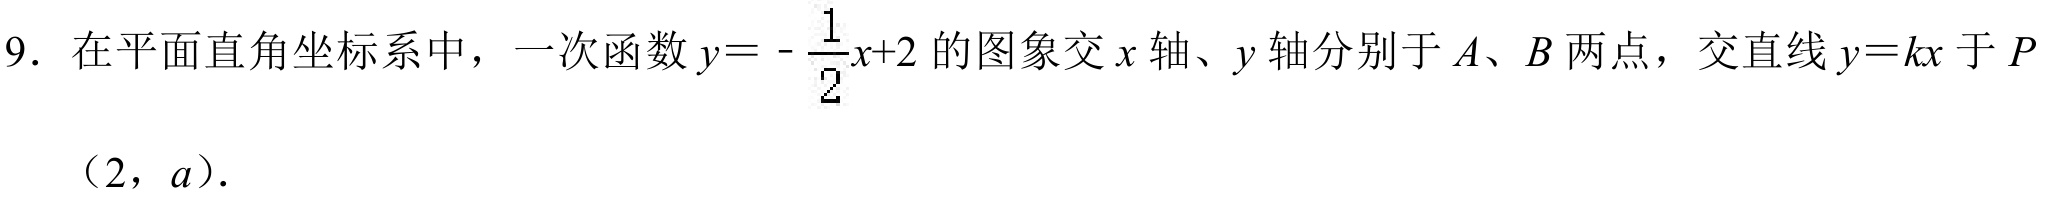
9. 在平面直角坐标系中，一次函数\(y = -\dfrac{1}{2}x + 2\)的图象交\(x\)轴、\(y\)轴分别于\(A\)、\(B\)两点，交直线\(y = kx\)于\(P\)
\((2,a)\).